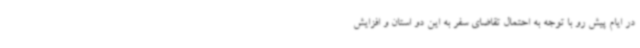
در ایام پیش رو با توجه به احتمال تقاضای سفر به این دو استان و افزایش